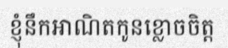
ខ្ញុំនឹកអាណិតកូនខ្លោចចិត្ត